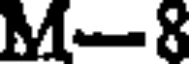
M-8